Document type: Sale
Year: 1423
Scribe: Joan Franc
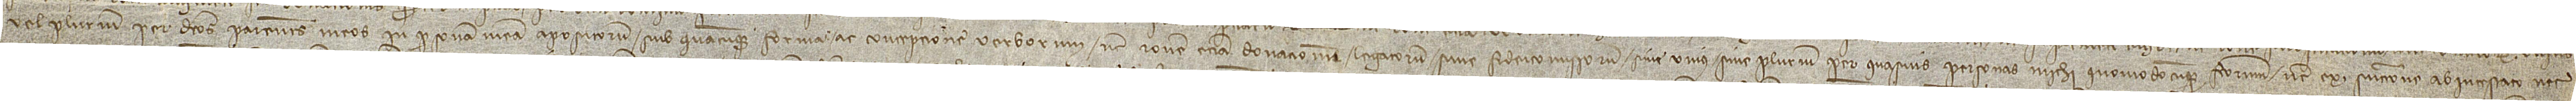
vel plurium per dictos parentes meos in personam meam apositorum sub quascumque forma ac concepcione verborum, nec ratione etiam donacionum legatorum sive fideicomissorum, sive unius sive plurium, per quasvis personas michi quomodocumque factorum, nec ex successione ab intestato nec